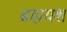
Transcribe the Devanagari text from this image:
ब्रह्मयश